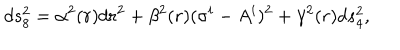
d s _ { 8 } ^ { 2 } = \alpha ^ { 2 } ( r ) d r ^ { 2 } + \beta ^ { 2 } ( r ) ( \sigma ^ { i } - A ^ { i } ) ^ { 2 } + \gamma ^ { 2 } ( r ) d s _ { 4 } ^ { 2 } ,